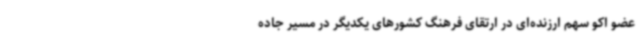
عضو اکو سهم ارزنده‌ای در ارتقای فرهنگ کشورهای یکدیگر در مسیر جاده